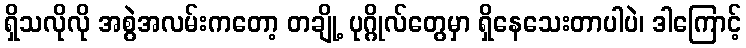
ရှိသလိုလို အစွဲအလမ်းကတော့ တချို့ ပုဂ္ဂိုလ်တွေမှာ ရှိနေသေးတာပါပဲ၊ ဒါကြောင့်